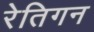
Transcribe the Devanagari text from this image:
रेतिगन